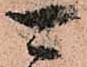
可